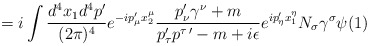
\begin{align*}= i\int \frac{d^4 x_{1} d^4 p^{\prime} }{(2 \pi)^4} e^{-ip_{\mu}^{\prime}x_{2}^{\mu}} \frac{ p_{\nu}^{\prime} \gamma^{\nu} + m}{p_{\tau}^{\prime}p^{\tau \, \prime} - m+i\epsilon} e^{ i p_{\eta}^{\prime} x_{1}^{\eta}} N_{\sigma} \gamma^{\sigma} \psi(1)\end{align*}